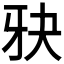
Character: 𪺧